V__Kingissepa_nim__kolhoos, lk 69
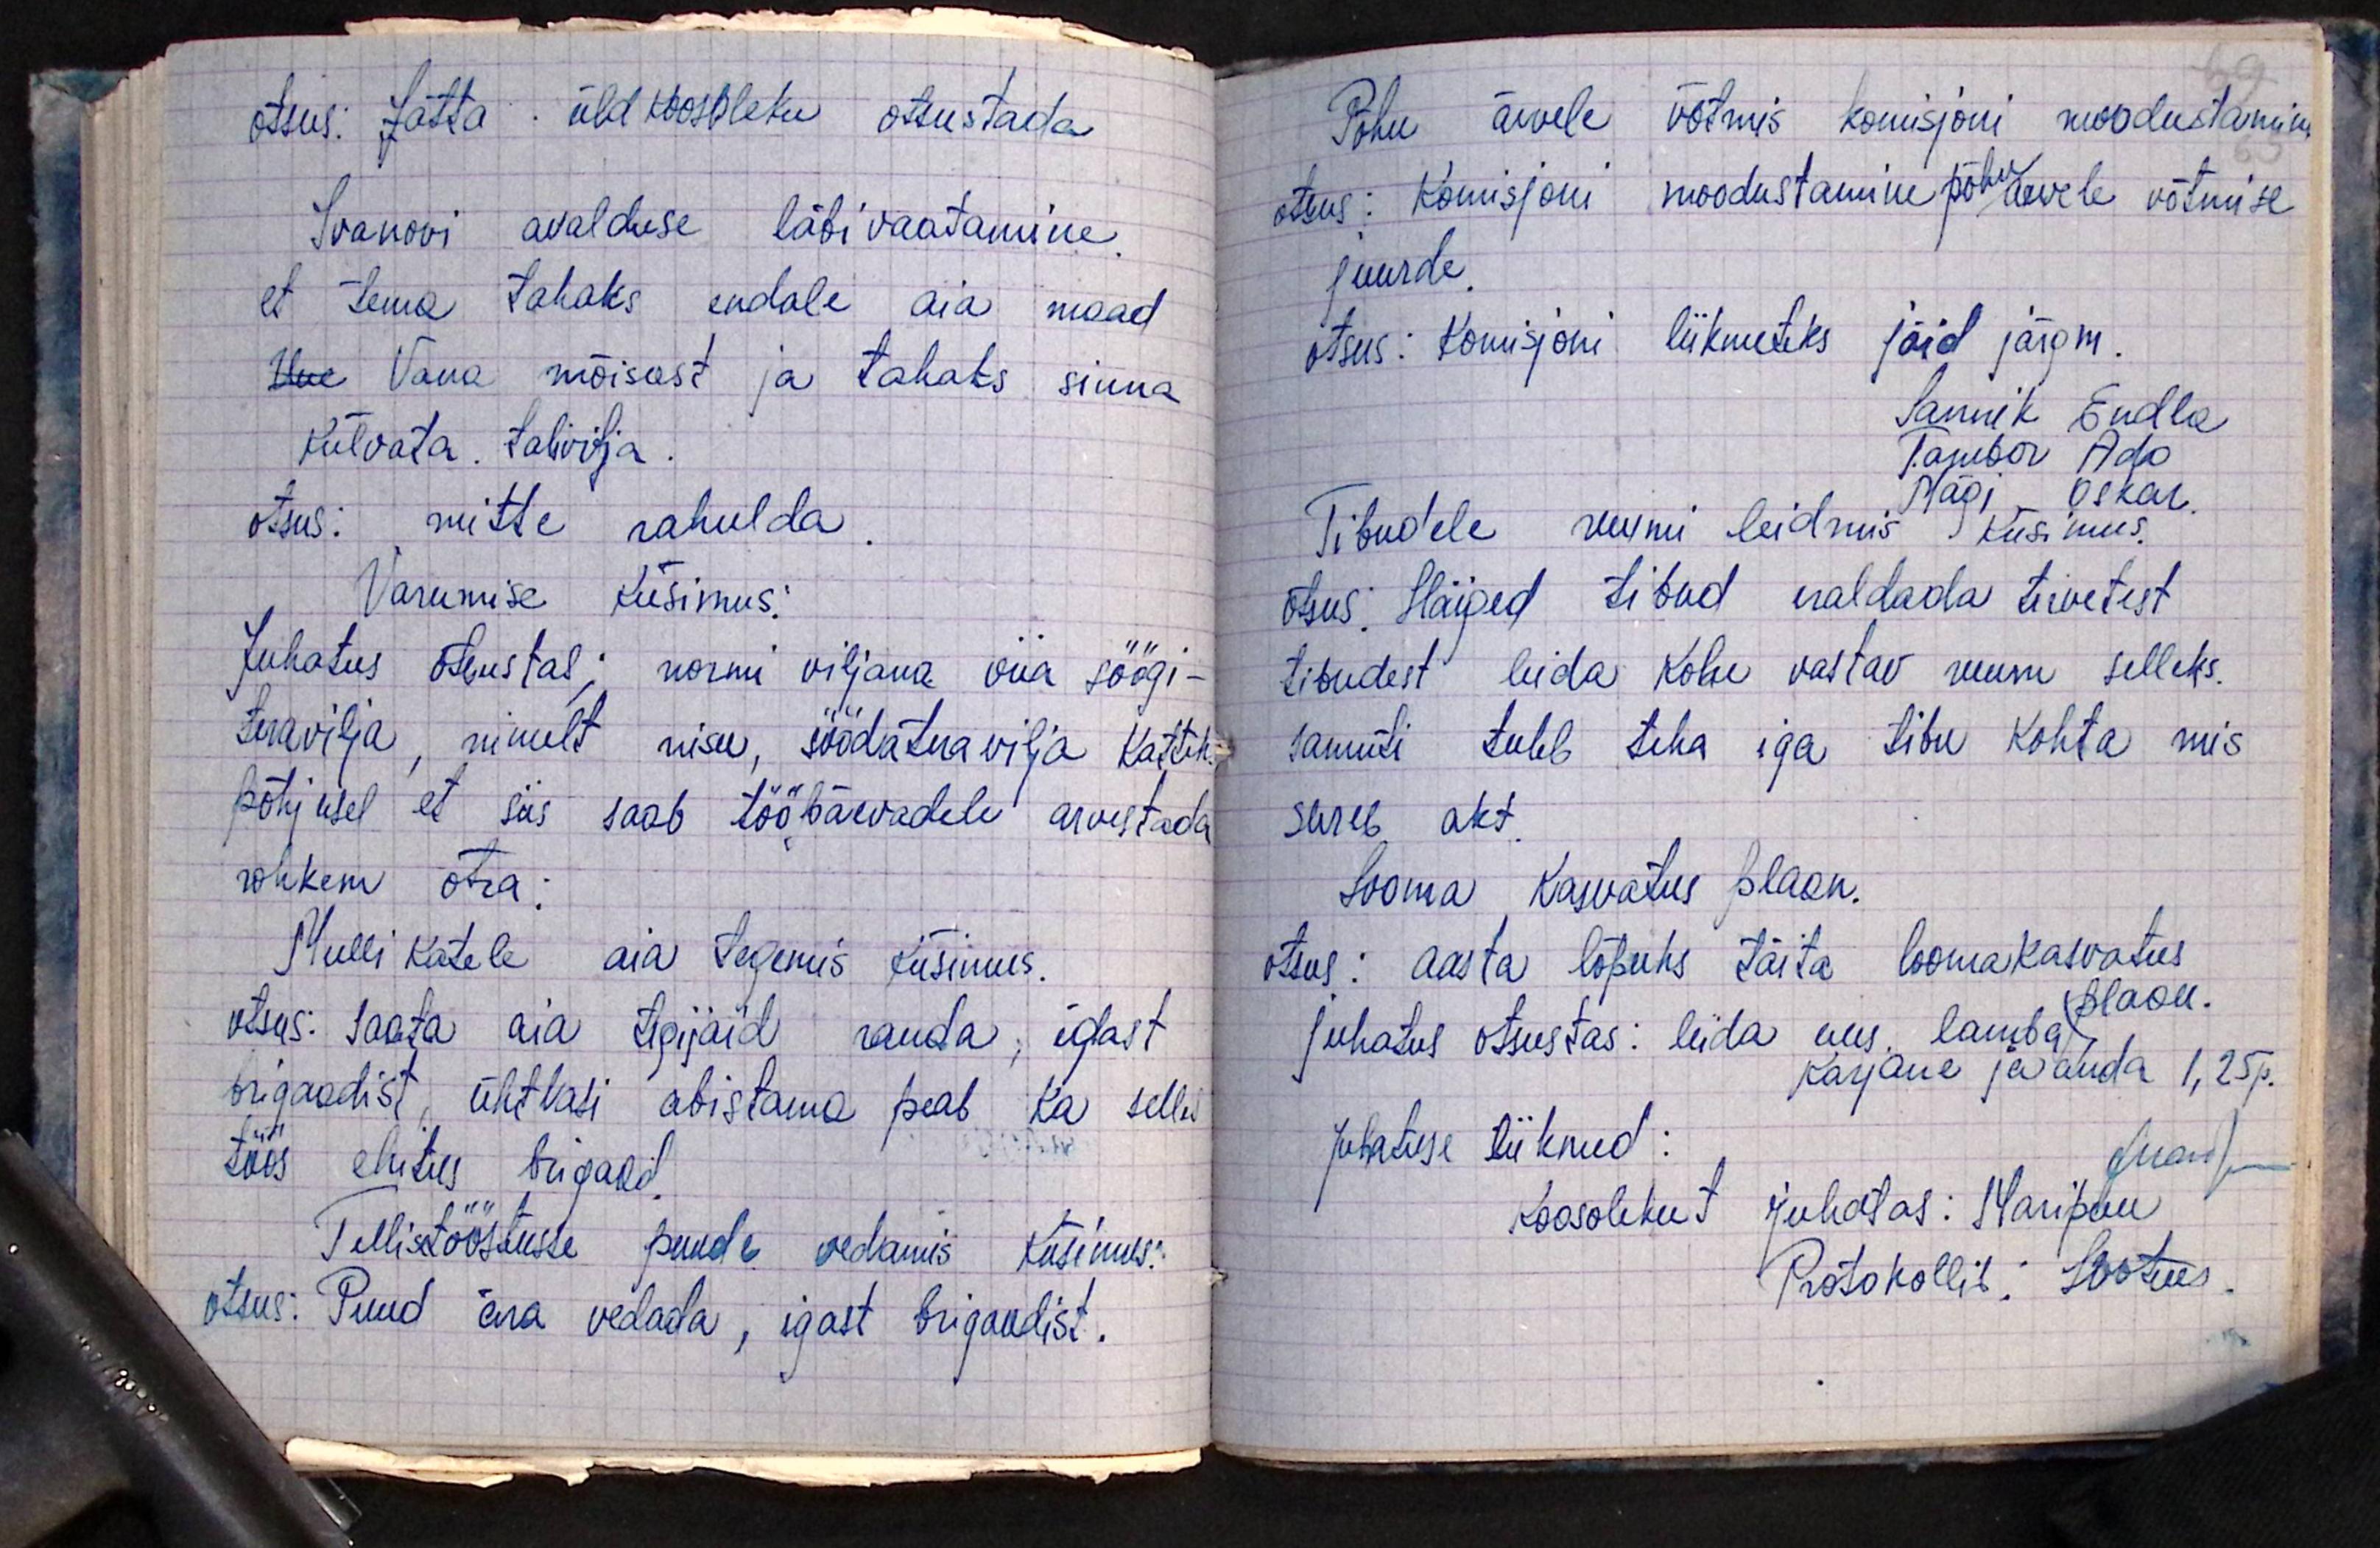
otsus: Jätta üldkoosoleku otsustada
Ivanovi avalduse läbi vaatamine
et tema tahaks endale aia maad
Uue Vana mõisast ja tahaks sinna
külvata talivilja.
otsus: mitte rahulda
Varumise küsimus:
Juhatus otsustab; normi viljana viia söögi-
teravilja, nimelt nisu, söödateravilja katteks
põhjusel et siis saab tööpäevadele arvestada.
rohkem otra;
Mullikatele aia tegemis küsimus.
otsus: Saata aia tegijaid randa, igast
brigaadist, ühtlasi abistama peab ka selles
töös ehitus brigaad
Tellistööstusse puude vedamis küsimus:
otsus: Puud ära vedada, igast brigaadist.

Põhu ärvele võtmis komisjoni moodustamine
otsus: Komisjoni moodustamine põhu arvele võtmise
juurde.
otsus: Komisjoni liikmeteks jäid järgm.
Sannik Endla
Tambor Ado
Mägi Oskar.
Tibudele ruumi leidmis küsimus.
otsus: Haiged tibud eraldada tervetest
tibudest leida kohe vastav ruum selleks.
samuti tuleb teha iga tibu kohta mis
sureb akt
Looma kasvatus plaan.
otsus: aasta lõpuks täita loomakasvatus
plaan.
Juhatus otsustas: leida uus, lamba,
Karjane ja anda 1,25 p.
Juhatuse liikmed:
Mari
Koosolekut juhatas: Maripuu
Protokollib: Lootus.